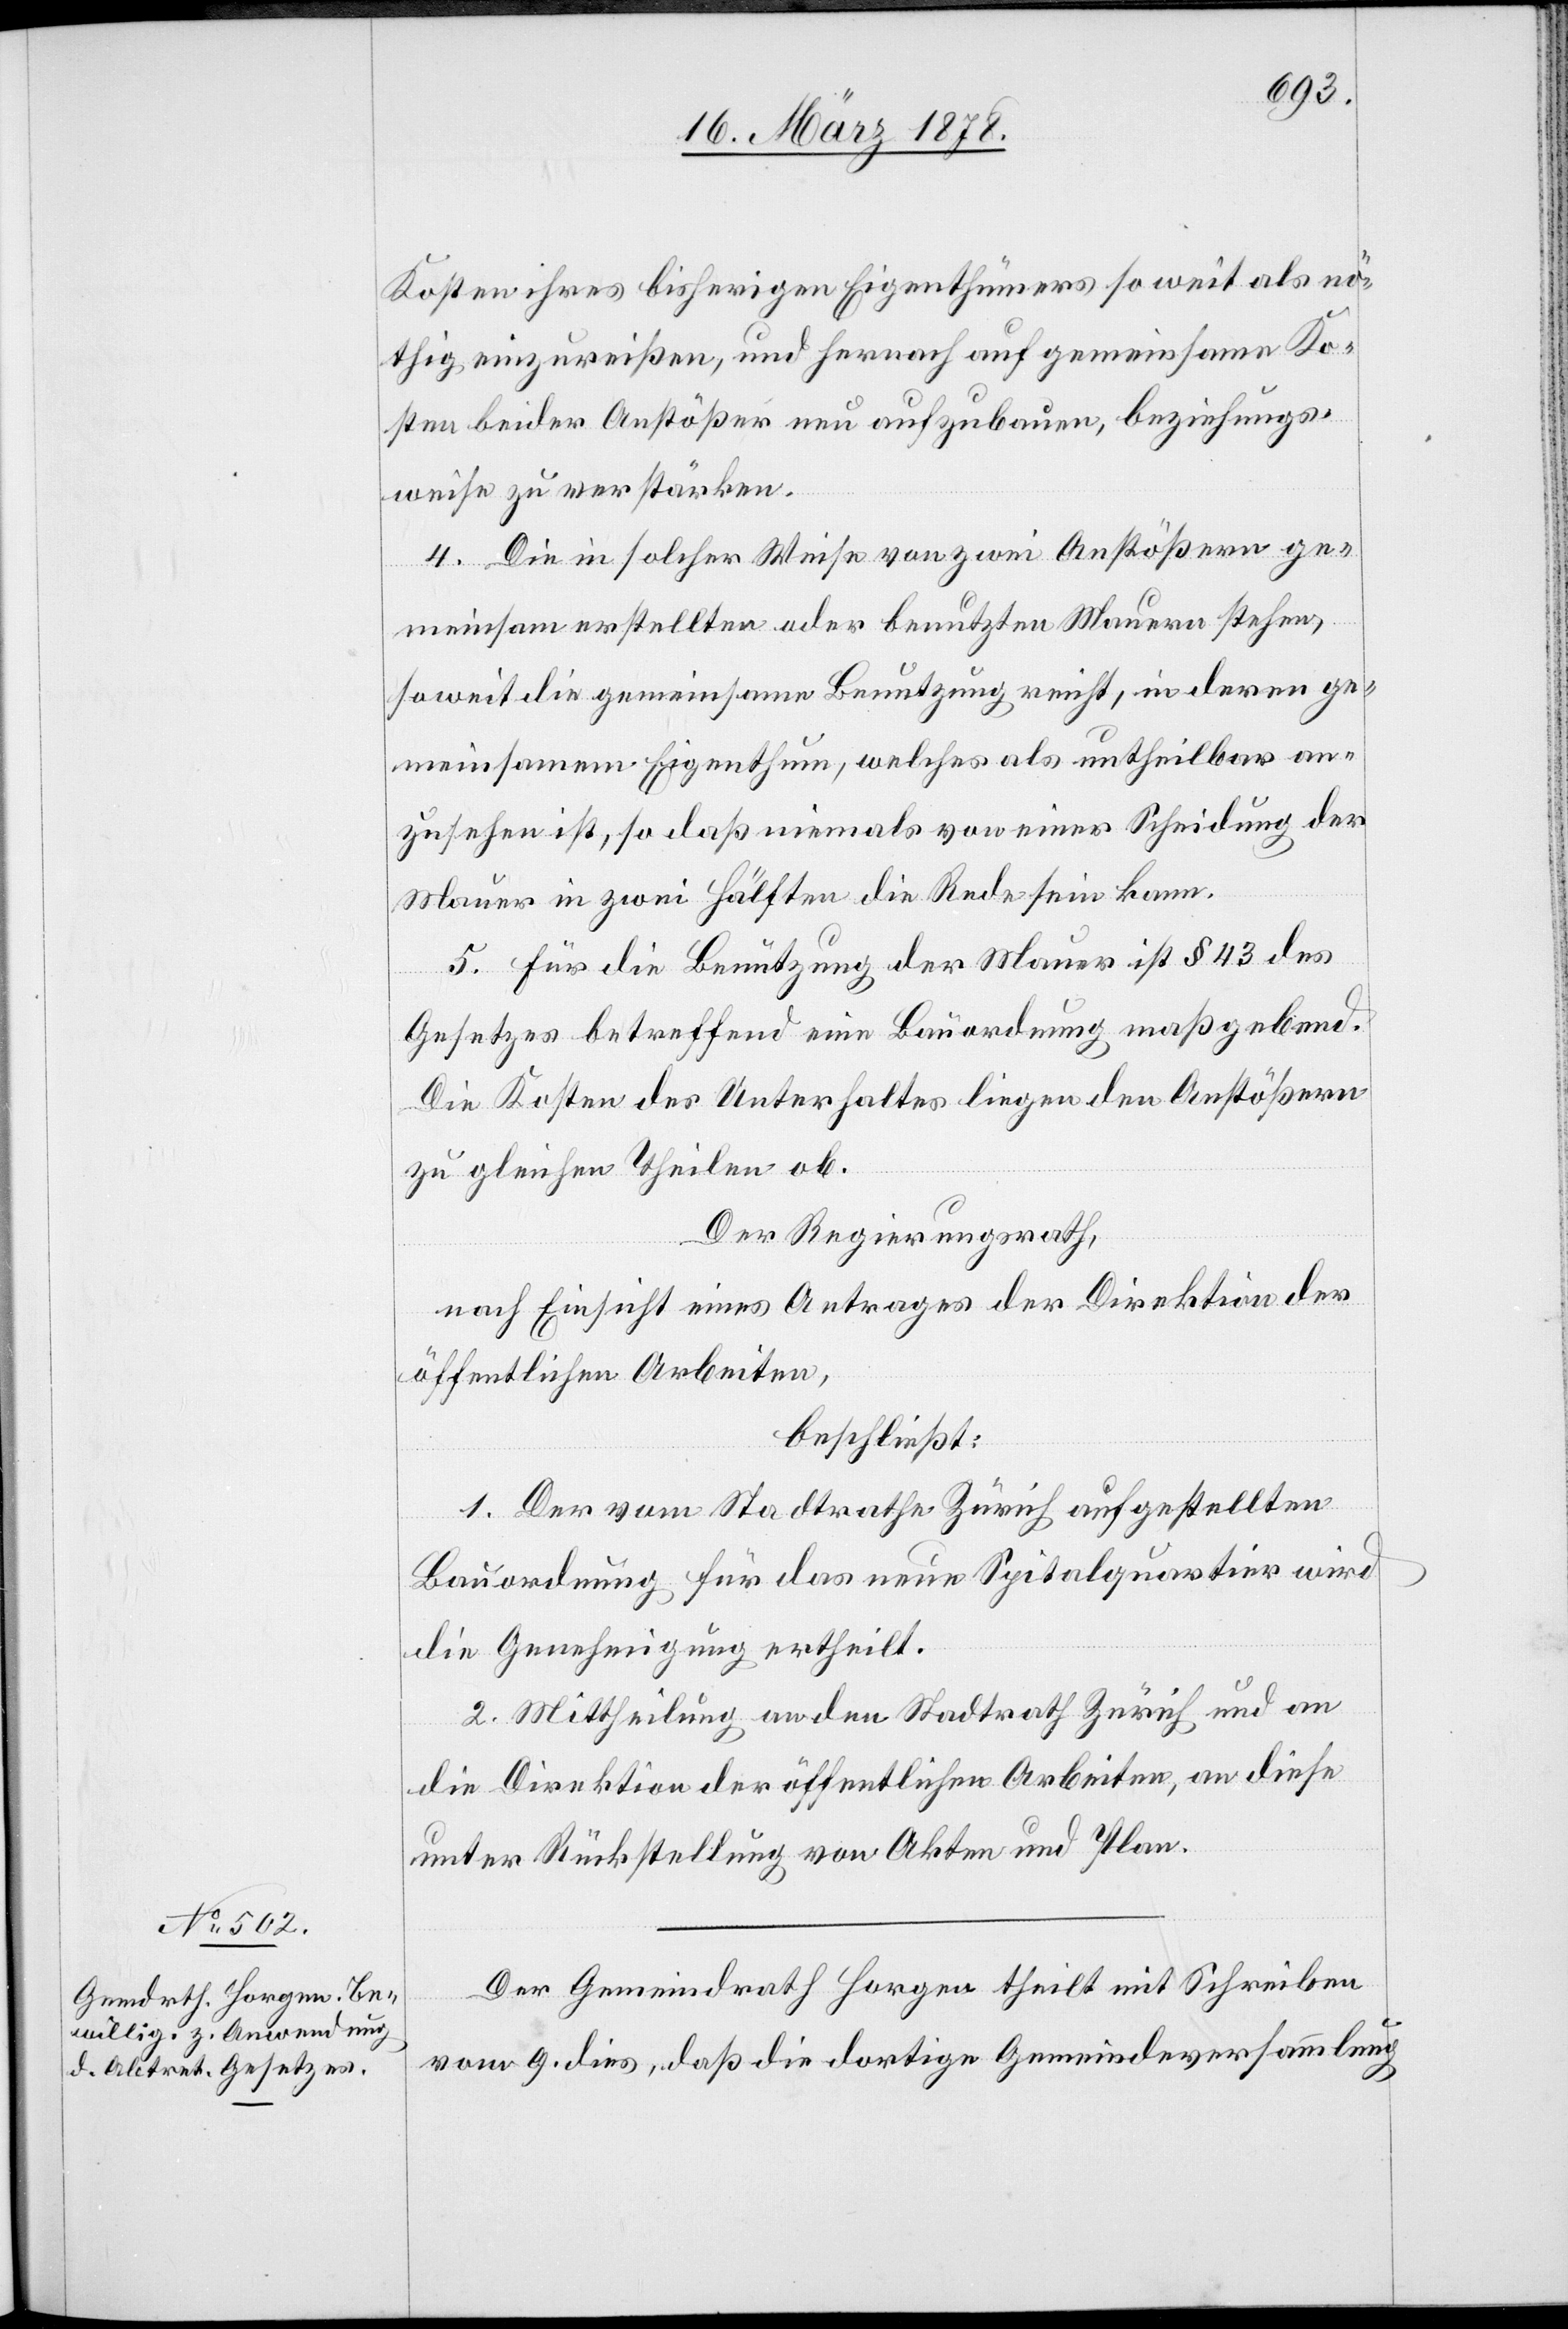
Kosten ihres bisherigen Eigenthümers so weit als nö¬
thig, einzureißen, und hernach auf gemeinsame Ko¬
sten beider Anstößer neu aufzubauen, beziehungs¬
weise zu verstärken.
4. Die in solcher Weise von zwei Anstößern ge¬
meinsam erstellten oder benutzten Mauern stehen,
soweit die gemeinsame Benutzung reicht, in deren ge¬
meinsamem Eigenthum, welches als untheilbar an¬
zusehen ist, so daß niemals von einer Scheidung der
Mauer in zwei Hälften die Rede sein kann.
5. Für die Benützung der Mauer ist § 43 des
Gesetzes betreffend eine Bauordnung maßgebend.
Die Kosten des Unterhaltes liegen den Anstößern
zu gleichen Theilen ob.
Der Regierungsrath,
nach Einsicht eines Antrages der Direktion der
öffentlichen Arbeiten,
beschließt:
1. Der vom Stadtrathe Zürich aufgestellten
Bauordnung für das neue Spitalquartier wird
die Genehmigung ertheilt.
2. Mittheilung an den Stadtrath Zürich und an
die Direktion der öffentlichen Arbeiten, an diese
unter Rückstellung von Akten und Plan.
Der Gemeindrath Horgen theilt mit Schreiben
vom 9. dies [mit], daß die dortige Gemeindeversammlung